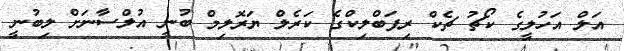
އަލް އަހުލީގެ ކޯޗު ޗެކް ރިޕަބްލިކްގެ ކަރެލް ޔަރޮލިމް ބުނީ އުލްސާނަށް ލިބުނީ